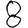
Digit: 8